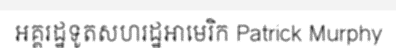
អគ្គរដ្ឋទូតសហរដ្ឋអាមេរិក Patrick Murphy